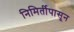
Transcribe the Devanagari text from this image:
निमिर्तीपासून